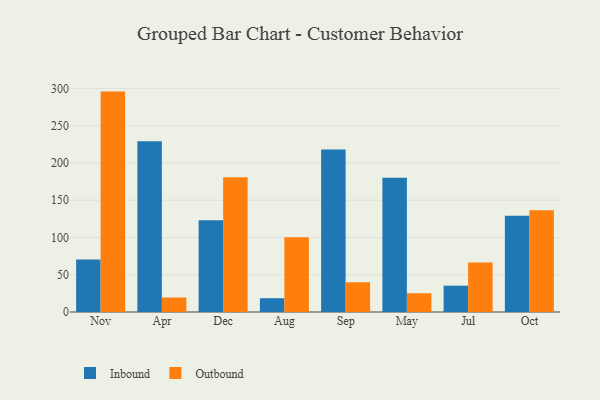
{"axis": {"x": "Month", "y": "Latency (ms)"}, "legend": ["Inbound", "Outbound"], "data": [{"x": "Nov", "y": 70.3, "type": "Inbound"}, {"x": "Nov", "y": 295.7, "type": "Outbound"}, {"x": "Apr", "y": 229.1, "type": "Inbound"}, {"x": "Apr", "y": 19.4, "type": "Outbound"}, {"x": "Dec", "y": 123.0, "type": "Inbound"}, {"x": "Dec", "y": 180.8, "type": "Outbound"}, {"x": "Aug", "y": 18.5, "type": "Inbound"}, {"x": "Aug", "y": 100.3, "type": "Outbound"}, {"x": "Sep", "y": 218.1, "type": "Inbound"}, {"x": "Sep", "y": 39.9, "type": "Outbound"}, {"x": "May", "y": 180.1, "type": "Inbound"}, {"x": "May", "y": 25.2, "type": "Outbound"}, {"x": "Jul", "y": 35.3, "type": "Inbound"}, {"x": "Jul", "y": 66.3, "type": "Outbound"}, {"x": "Oct", "y": 129.0, "type": "Inbound"}, {"x": "Oct", "y": 136.5, "type": "Outbound"}]}